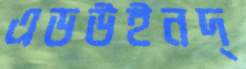
এডউইনদ্